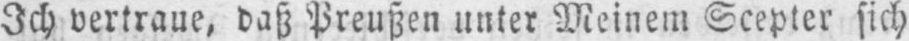
Ich vertraue, daß Preußen unter Meinem Scepter sich